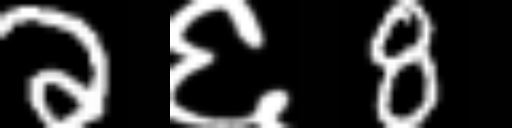
Text: 2६8